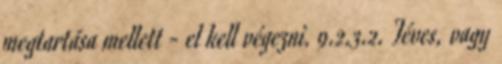
megtartása mellett - el kell végezni. 9.2.3.2. Téves, vagy